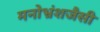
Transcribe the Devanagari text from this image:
मनोभ्रंशजैसी